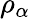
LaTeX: \rho_{\alpha}